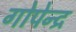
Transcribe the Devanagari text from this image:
गोपेन्द्र